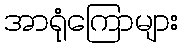
အာရုံကြောများ